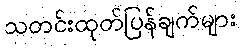
သတင်းထုတ်ပြန်ချက်များ